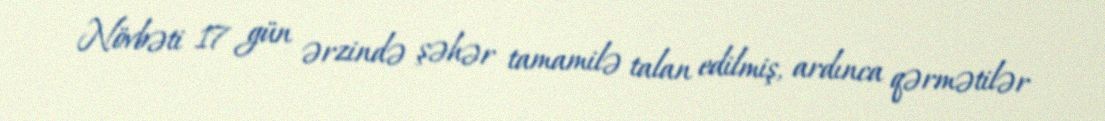
Növbəti 17 gün ərzində şəhər tamamilə talan edilmiş, ardınca qərmətilər